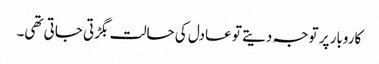
کاروبار پر توجہ دیتے تو عادل کی حالت بگڑتی جاتی تھی۔